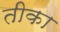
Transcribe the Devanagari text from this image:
तीका